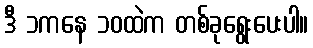
ဒီ ၁ကနေ ၁၀ထဲက တစ်ခုရွေးပေးပါ။